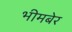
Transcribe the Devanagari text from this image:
भीमबेर